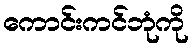
ကောင်းကင်ဘုံကို